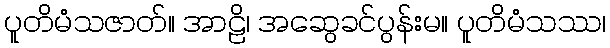
ပူတိမံသဇာတ်။ အာဠိ၊ အဆွေခင်ပွန်းမ။ ပူတိမံသဿ၊